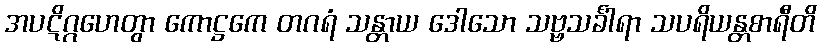
အပဋိဂ္ဂဟေတွာ ကောဋ္ဌကေ တဂရံ သန္တာယ ဒေါသော သဗ္ဗသင်္ခါရာ သပရိယန္တစာရီတိ